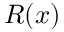
R ( x )